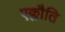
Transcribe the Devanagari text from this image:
एक्लौति